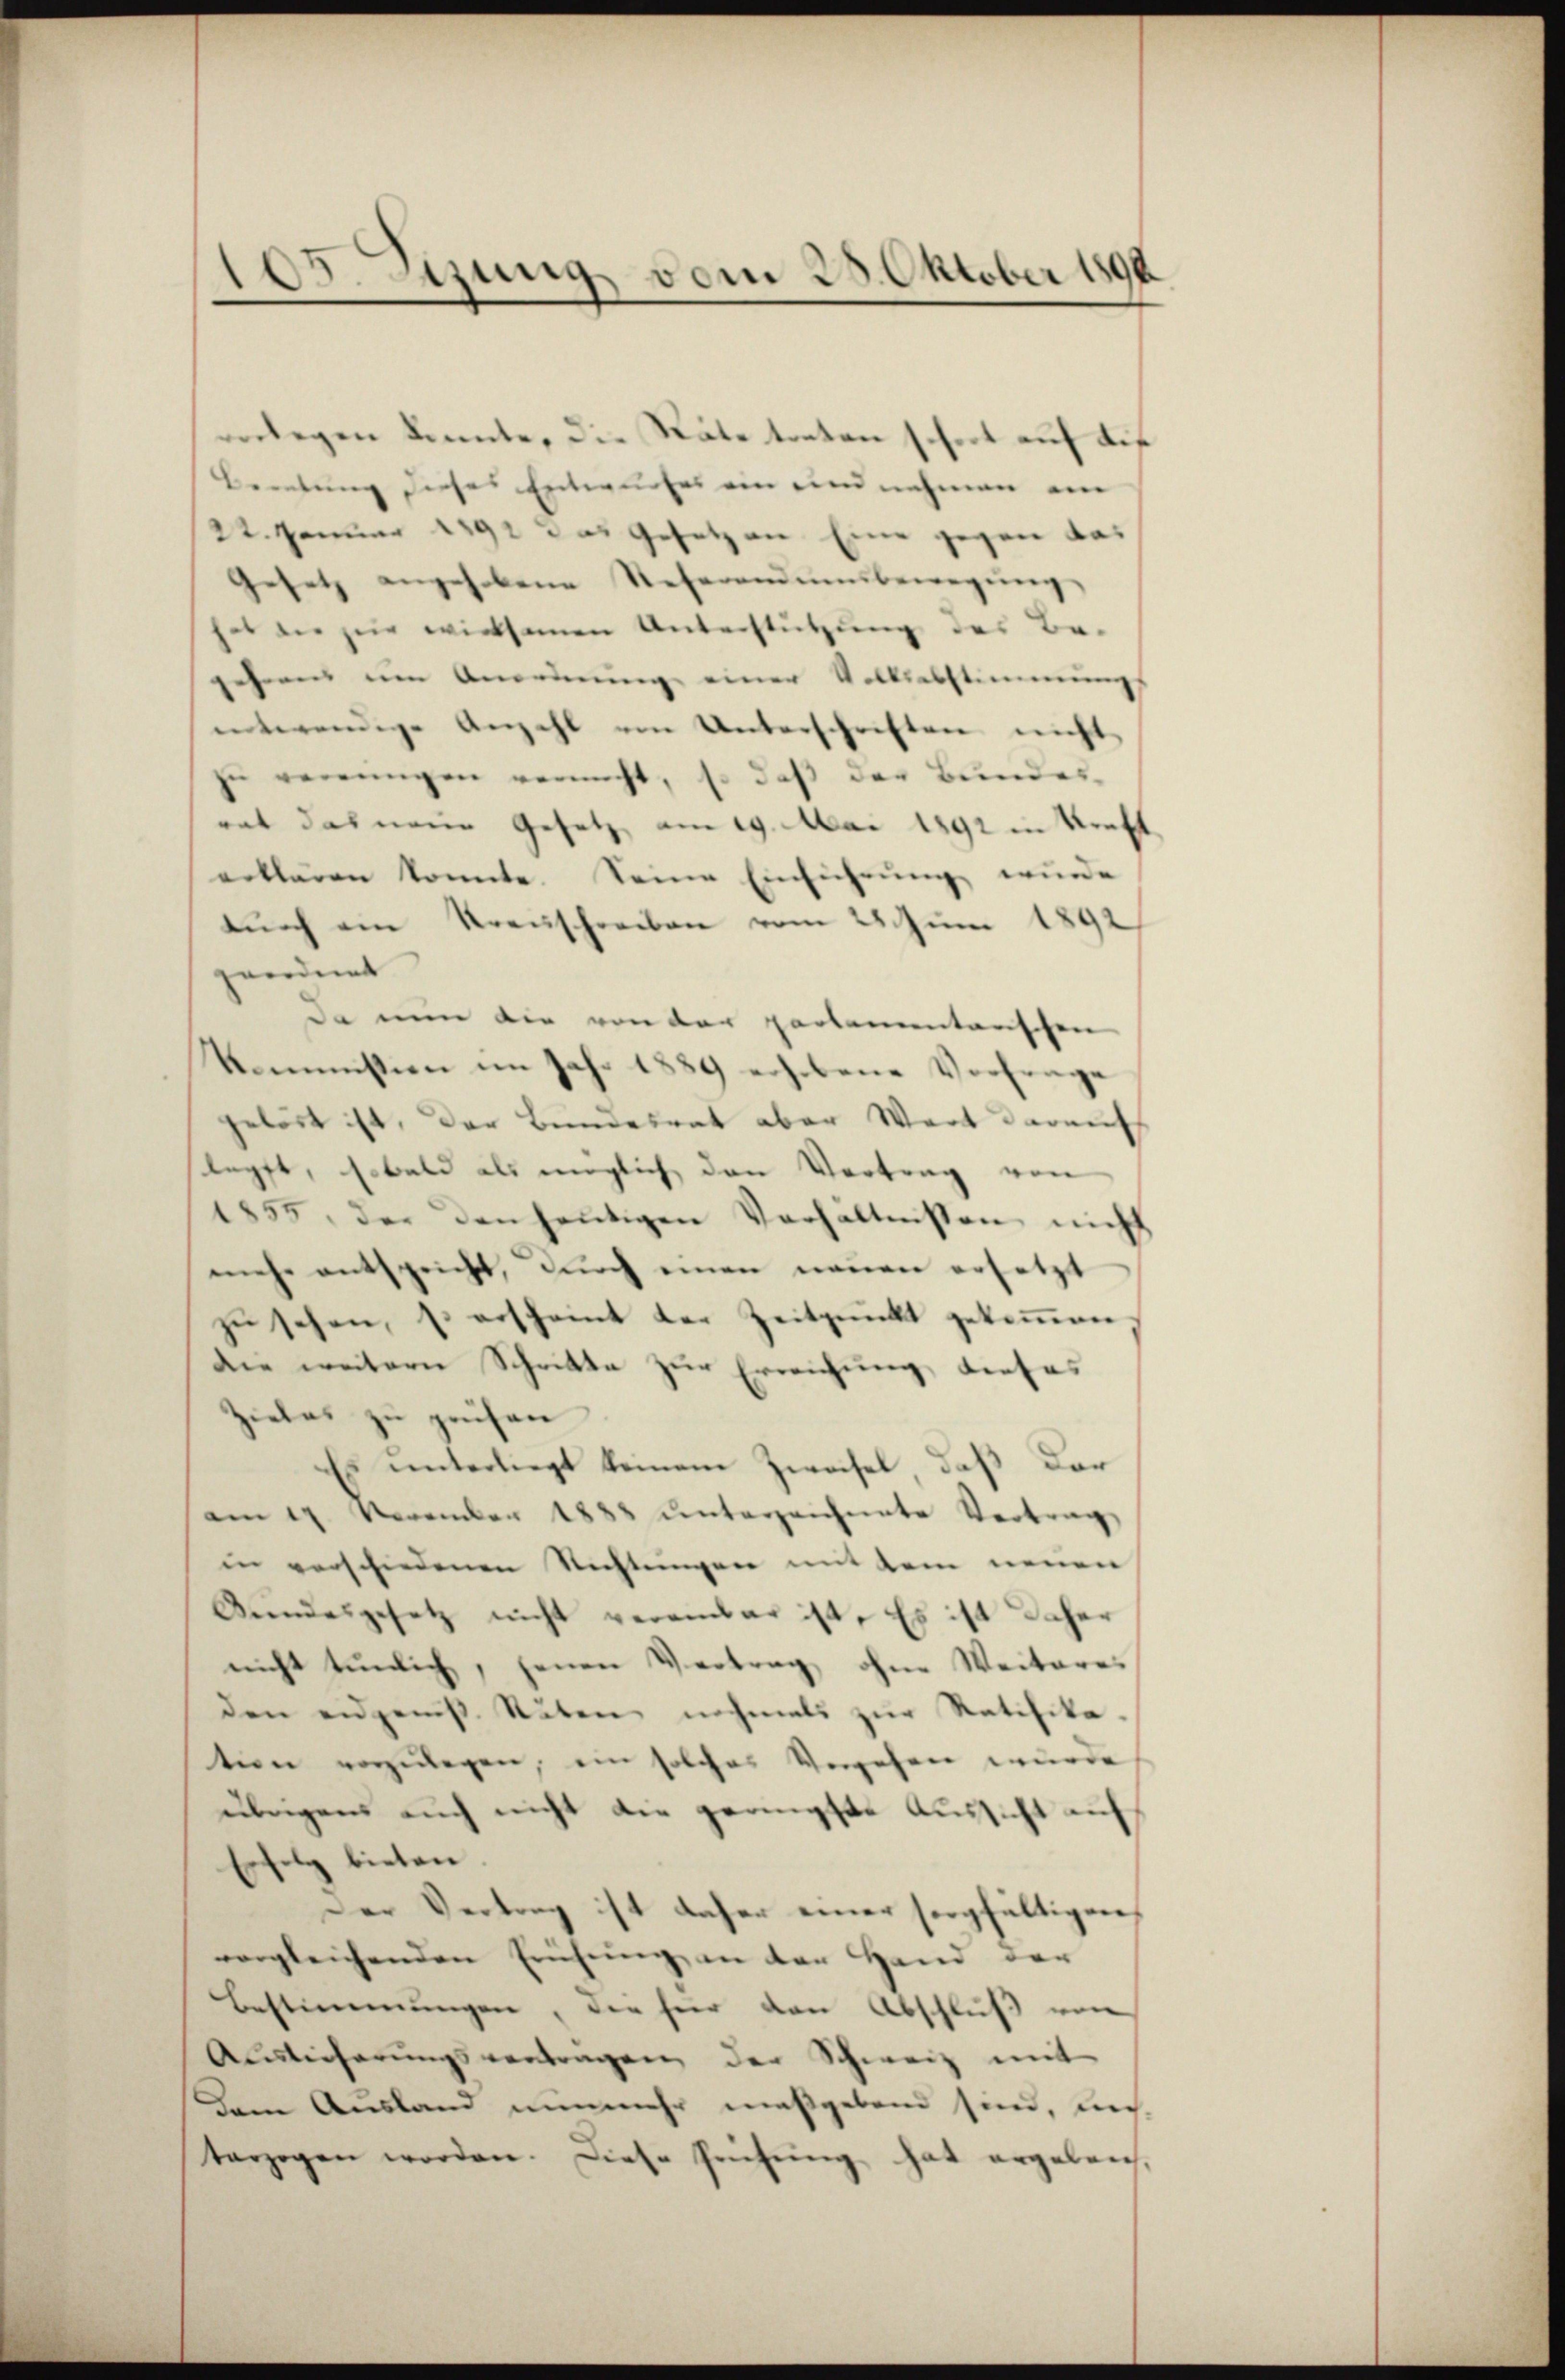
105. zung vom 25. Oktober 1891

verlegen konnte, die Näte treten schort auf die
Beratung dieses Entwurfes ein und nehmen an
22. Januar 1892 das Gesetzen Eine gegen das
Gesetz angehobene Referand unbewegung
hat die zur wirksamen Unterstützung des Be-
Gernes um Anordnung einer Volksabstimmungs
entwendige Anzahl von Unterschriften nicht
zu vereinigen vermacht, so daß der Bundesrat das neue Gesetz, am 19. Mai 1892 in Kraft
erklären konnte. Seine Einführŭng wurde
durch ein Treuschreiben vom 28. Juni 1892
geordnet
da nun die von der partementarischen
Kommission im Jahr 1889 erhobene Vorfrage
gelöst ist, der Bundesrat aber Wort darauf
klopft, sobald als möglich den Vortrag von
1855, der den heŭtigen Verhältnissen nicht
mehr entspricht, durch einen neuen ersetzt
zŭ sehen, u. erscheint der Zeitpunkt gekoṁen,
die weitern Schritte zur Erreichung, dieses
Zieles zu prüfen
Es unterliegt keinem Zweifel, daß dar
am 17. November 1888 unterzeichnete Vertrag
in verschiedenen Richtungen mit dem neuen
Bundesgesetz nicht veranbar ist. Es ist daher
nicht tunlich, jenen Vertrag ohne Weiteres
den eidgeniβ. Sŭten nochmals zŭr Ratifika-
tion vorzulegen, ein solches Vergehen wurde
übrigen auch nicht die geringste Aussicht auf
Erfolg bieten.
Der Vertrag ist daher einer sorgfältigen,
vergleichenden Erufung an der Hand der
Bestimmungen, der für den Abschluß von
Auslieferungsvertragen der Schweiz mit
Dem Ausland nunmehr maßgebend sind, nich
terzogen worden. Diese Prüfŭng hat ergeleich-